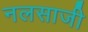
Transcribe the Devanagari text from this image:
नलसाजी